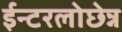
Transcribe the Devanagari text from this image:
ईन्टरलोछेन्न